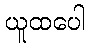
ယူထပေါ